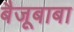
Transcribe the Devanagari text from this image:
बैजूबाबा